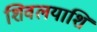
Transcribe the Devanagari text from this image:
शिवलयाशि